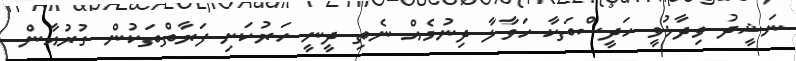
ނަޝީދު ވިދާޅުވީ ހަދީސްތަކާ ހަވާލާ ދިނުމެއް ނެތި ދީނީ ހަރުކަށި ފަރާތްތަކުން ގުރުއާން